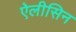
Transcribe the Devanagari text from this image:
ऐलीसिन